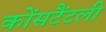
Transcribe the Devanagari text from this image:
कोंसटैंटली